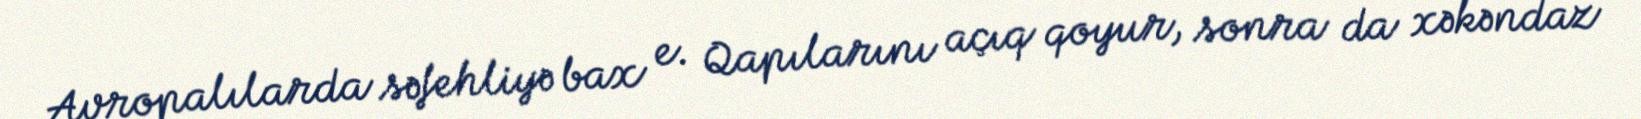
Avropalılarda səfehliyə bax e. Qapılarını açıq qoyur, sonra da xəkəndaz